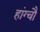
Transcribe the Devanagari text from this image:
हांग्चौ